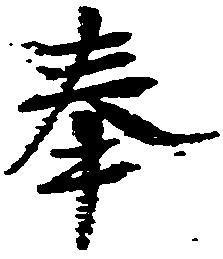
奉